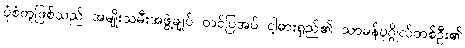
ပုံစံတူဖြစ်သည် အမျိုးသမီးအဖွဲ့ချုပ် တင်ပြအပ် ငါ့ဓားရှည်၏ သာမန်ပုဂ္ဂိုလ်တစ်ဦး၏